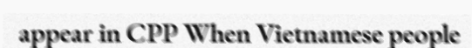
appear in CPP When Vietnamese people